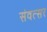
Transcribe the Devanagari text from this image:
संवत्‍सर